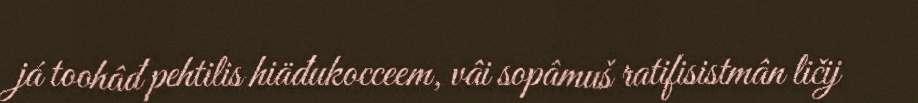
já toohâđ pehtilis hiäđukocceem, vâi sopâmuš ratifisistmân ličij